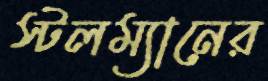
স্টলম্যানের